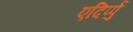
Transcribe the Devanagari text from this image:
एदिर्प्पु